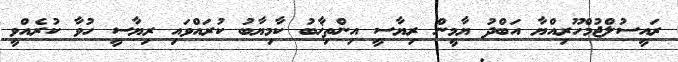
ރައީސުލްޖުމްހޫރިއްޔާ އަބްދު ޔާމީން ރިޔާސީ އިންތިޚާބު ކާމިޔާބު ކުރައްވައި ރިޔާސީ ހުވާ ކުރެއްވީ